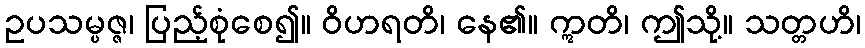
ဥပသမ္ပဇ္ဇ၊ ပြည့်စုံစေ၍။ ဝိဟရတိ၊ နေ၏။ ဣတိ၊ ဤသို့။ သတ္တဟိ၊